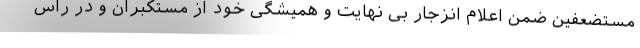
مستضعفین ضمن اعلام انزجار بی نهایت و همیشگی خود از مستکبران و در راس